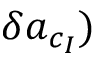
\delta \boldsymbol { a } _ { c _ { I } } )